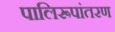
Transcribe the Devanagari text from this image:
पालिरूपांतरण